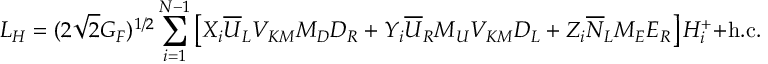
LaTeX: { \cal L } _ { H } = ( 2 \sqrt { 2 } G _ { F } ) ^ { 1 / 2 } \sum _ { i = 1 } ^ { N - 1 } \left[ X _ { i } \overline { { { U } } } _ { L } V _ { K M } M _ { D } D _ { R } + Y _ { i } \overline { { { U } } } _ { R } M _ { U } V _ { K M } D _ { L } + Z _ { i } \overline { { { N } } } _ { L } M _ { E } E _ { R } \right] H _ { i } ^ { + } + \mathrm { h . c . } \; .